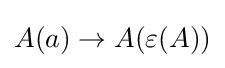
A(a)\to A(\varepsilon (A))